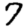
Digit: 7